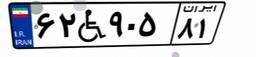
۸۲W۹۷۶۳۳